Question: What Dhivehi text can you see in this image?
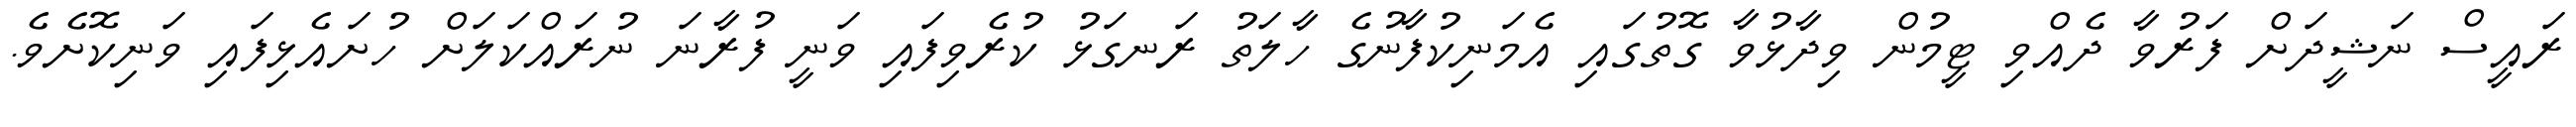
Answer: ރައީސް ނަޝީދަށް ފަރުވާ ދެއްވި ޓީމުން ވިދާޅުވާ ގޮތުގައި އެމަނިކުފާނުގެ ހާލަތު ރަނގަޅު ކުރެވިފައި ވަނީ ފުރާނަ ނުރައްކަލަށް ހުށައެޅިފައި ވަނިކޮށެވެ.